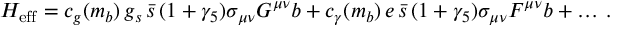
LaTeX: { \cal H } _ { \mathrm { e f f } } = c _ { g } ( m _ { b } ) \, g _ { s } \, \bar { s } \, ( 1 + \gamma _ { 5 } ) \sigma _ { \mu \nu } G ^ { \mu \nu } b + c _ { \gamma } ( m _ { b } ) \, e \, \bar { s } \, ( 1 + \gamma _ { 5 } ) \sigma _ { \mu \nu } F ^ { \mu \nu } b + \dots \, .